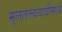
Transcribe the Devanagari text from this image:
मूलतत्त्ववादींमध्ये